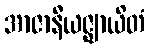
အာဇာနီယဇ္ဈာယိတံ